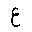
Letter: _ayn